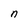
Character: n